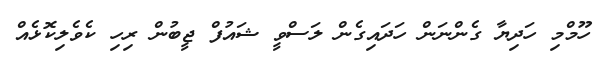
ހޫމްމި ހަދިޔާ ގެންނަން ހަދައިގެން ލަސްވީ ޝައުފް ޖީބުން ރިހި ކެވެލިކޮޅެއް